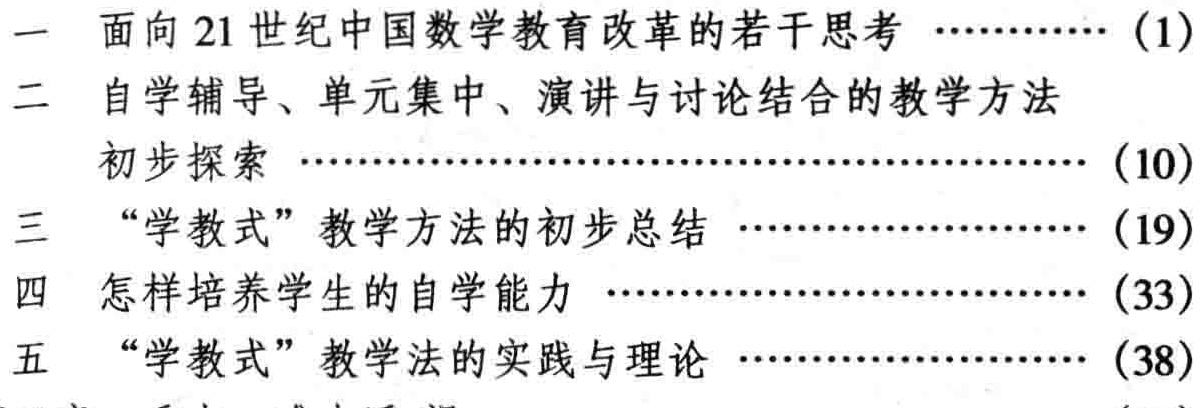
一 面向21世纪中国数学教育改革的若干思考 \ldots\ldots\ldots\ldots (1)

二 自学辅导、单元集中、演讲与讨论结合的教学方法

初步探索 \ldots\ldots\ldots\ldots\ldots\ldots\ldots\ldots\ldots\ldots\ldots\ldots\ldots\ldots\ldots\ldots\ldots\ldots\ldots\ldots\ldots\ldots (10)

三 “学教式”教学方法的初步总结 \ldots\ldots\ldots\ldots\ldots\ldots\ldots\ldots\ldots\ldots\ldots\ldots (19)

四 怎样培养学生的自学能力 \ldots\ldots\ldots\ldots\ldots\ldots\ldots\ldots\ldots\ldots\ldots\ldots\ldots\ldots (33)

五 “学教式”教学法的实践与理论 \ldots\ldots\ldots\ldots\ldots\ldots\ldots\ldots\ldots\ldots\ldots\ldots (38)